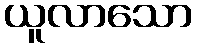
ယူလာသော